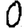
Digit: 0